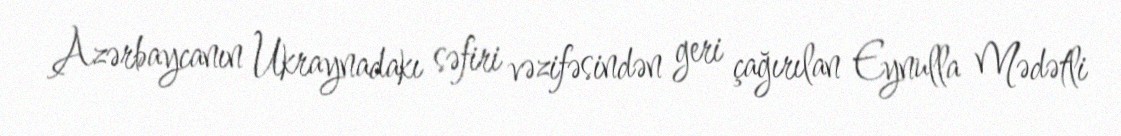
Azərbaycanın Ukraynadakı səfiri vəzifəsindən geri çağırılan Eynulla Mədətli